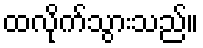
ထလိုက်သွားသည်။